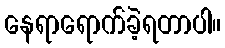
နေရာရောက်ခဲ့ရတာပါ။